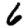
Digit: 6